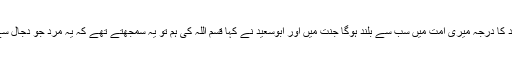
انہوں نے ابوسعید خدری ؓ سے کہ آنحضرت ﷺ نے فرمایا اس مرد کا درجہ میری امت میں سب سے بلند ہوگا جنت میں اور ابوسعید نے کہا قسم اللہ کی ہم تو یہ سمجھتے تھے کہ یہ مرد جو دجال سے ایسا مقابلہ کریں گے کوئی نہیں ہے سوائے حضرت عمر کے۔